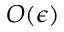
O ( \epsilon )